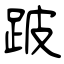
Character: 跛